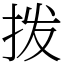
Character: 拨